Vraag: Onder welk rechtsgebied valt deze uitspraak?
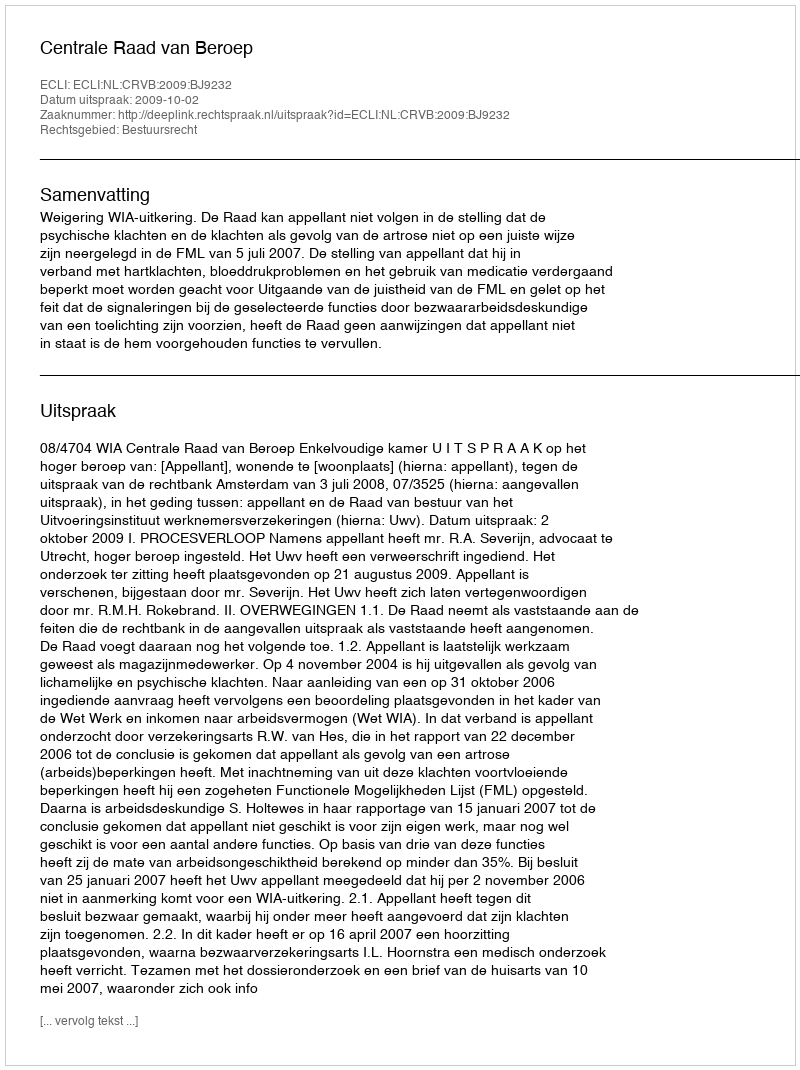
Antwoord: Bestuursrecht